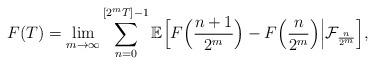
LaTeX: \begin{align*} F(T) = \lim_{m\to\infty} \sum_{n=0}^{[2^m T]-1}\mathbb E\Bigl[F\Bigl(\frac{n+1}{2^m}\Bigr) - F\Bigl(\frac{n}{2^m}\Bigr)\Big|\mathcal F_{\frac {n}{2^m}}\Bigr], \end{align*}